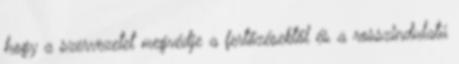
hogy a szervezetet megvédje a fertőzésektől és a rosszindulatú